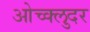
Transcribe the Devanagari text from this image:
ओच्क्लुदर